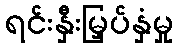
ရင်းနှီးမြှပ်နှံမှု